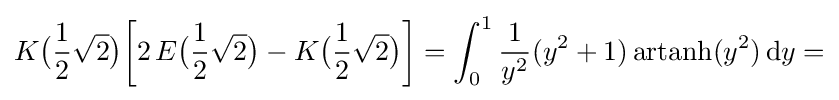
K{\bigl (}{\frac {1}{2}}{\sqrt {2}}{\bigr )}{\biggl [}2\,E{\bigl (}{\frac {1}{2}}{\sqrt {2}}{\bigr )}-K{\bigl (}{\frac {1}{2}}{\sqrt {2}}{\bigr )}{\biggr ]}=\int _{0}^{1}{\frac {1}{y^{2}}}(y^{2}+1)\,{\text{artanh}}(y^{2})\,\mathrm {d} y=